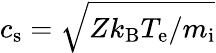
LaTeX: c_{\mathrm{s}}=\sqrt{Zk_{\mathrm{B}}T_{\mathrm{e}}/m_{\mathrm{i}}}